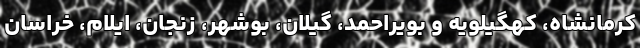
کرمانشاه، کهگیلویه و بویراحمد، گیلان، بوشهر، زنجان، ایلام، خراسان